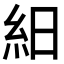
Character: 𥿀